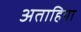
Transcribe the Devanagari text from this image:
अताहिया